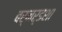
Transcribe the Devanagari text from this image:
बर्नर्डशा